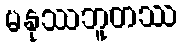
မနုဿဘူတဿ